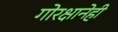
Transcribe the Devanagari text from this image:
गोरक्षानेही